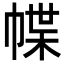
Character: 幉